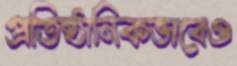
প্রতিষ্ঠানিকভাবেও